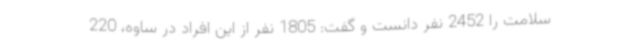
سلامت را 2452 نفر دانست و گفت: 1805 نفر از این افراد در ساوه، 220